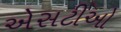
એસટીઓ